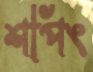
শপিং